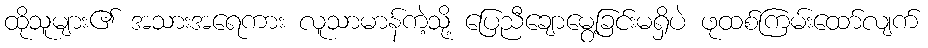
ထိုသူများ၏ အသားအရေကား လူသာမာန်ကဲ့သို့ ပြေညီချောမွေ့ခြင်းမရှိပဲ ဖုထစ်ကြမ်းထော်လျက်